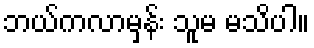
ဘယ်ကလာမှန်း သူမ မသိပါ။